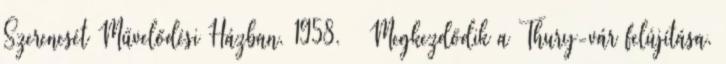
Szerencsét Művelődési Házban. 1958. – Megkezdődik a Thury-vár felújítása.